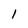
Character: 1